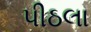
પીઠલા